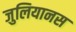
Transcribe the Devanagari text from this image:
जुलियानस